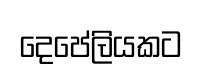
දෙපේලියකට